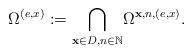
LaTeX: \begin{align*} \Omega^{(e,x)} := \underset{\mathbf{x} \in D, n \in \mathbb N}{\bigcap } \Omega^{\mathbf{x},n, (e,x)}. \end{align*}